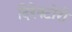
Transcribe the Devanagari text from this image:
दिरेक्टोरी